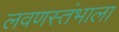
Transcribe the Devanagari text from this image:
लवणस्तंभाला